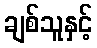
ချစ်သူနှင့်